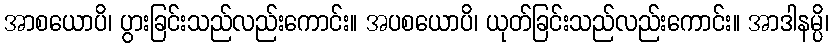
အာစယောပိ၊ ပွားခြင်းသည်လည်းကောင်း။ အပစယောပိ၊ ယုတ်ခြင်းသည်လည်းကောင်း။ အာဒါနမ္ပိ၊